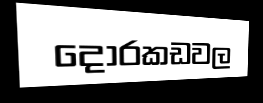
දොරකඩවල